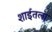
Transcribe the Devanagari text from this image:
शाईतला